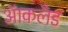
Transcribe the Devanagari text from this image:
आॅकलँड